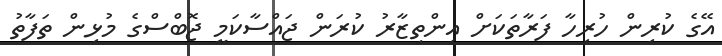
އޭގެ ކުރިން ހުރިހާ ފަރާތަކަށް އިންތިޒާރު ކުރަން ޖައްސާކަމީ ޖޮބްސްގެ މުޅިން ތަފާތު